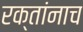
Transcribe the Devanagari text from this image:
रक्‍तांनाच